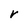
Character: r